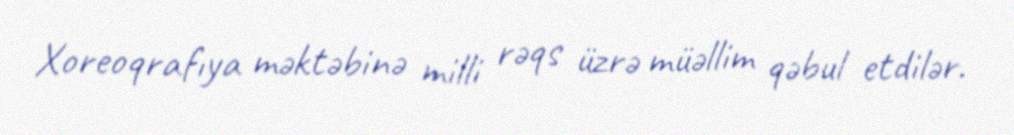
Xoreoqrafıya məktəbinə milli rəqs üzrə müəllim qəbul etdilər.